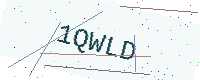
Text: 1QWLD